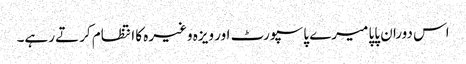
اس دوران پاپا میرے پاسپورٹ اور ویزہ وغیرہ کا انتظام کرتے رہے۔